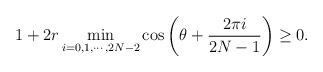
LaTeX: \begin{align*}1+2r\min_{i=0,1,\cdots,2N-2}\cos \left (\theta+\frac{2\pi i}{2N-1}\right )\geq 0.\end{align*}